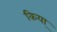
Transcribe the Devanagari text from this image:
किया्